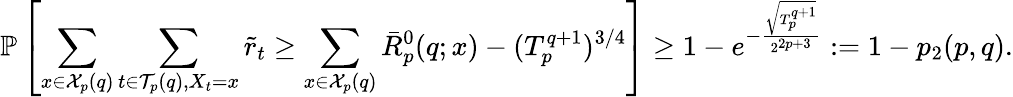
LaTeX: \mathbb{P}\left[\sum_{x\in\mathcal{X}_{p}(q)}\sum_{t\in\mathcal{T}_{p}(q),X_{t}=x}\tilde{r}_{t}\geq\sum_{x\in\mathcal{X}_{p}(q)}\bar{R}_{p}^{0}(q;x)-(T_{p}^{q+1})^{3/4}\right]\geq 1-e^{-\frac{\sqrt{T_{p}^{q+1}}}{2^{2p+3}}}:=1-p_{2}(p,q).